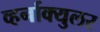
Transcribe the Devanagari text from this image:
व्हर्नाक्‍युलर